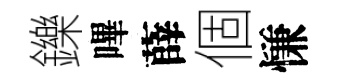
鑠嗶薛個慊